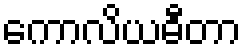
ကောလိယဓီတာ